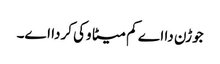
جوڑن دا اے کم میٹا وکی کردا اے۔